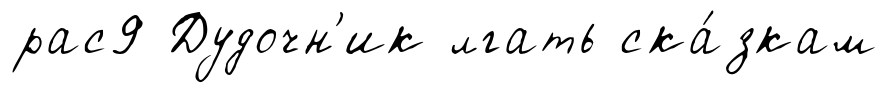
рас9 Дудочн'ик лгать ска́зкам